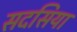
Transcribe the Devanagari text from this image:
सदसिया